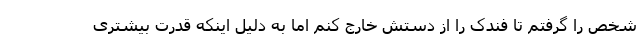
شخص را گرفتم تا فندک را از دستش خارج کنم اما به دلیل اینکه قدرت بیشتری